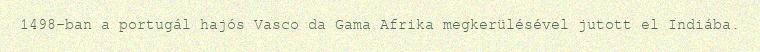
1498-ban a portugál hajós Vasco da Gama Afrika megkerülésével jutott el Indiába.